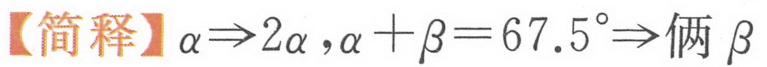
【简释】$\alpha\Rightarrow2\alpha,\alpha + \beta = 67.5^{\circ}\Rightarrow\text{俩 }\beta$